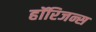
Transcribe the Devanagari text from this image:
हॉरिजन्स